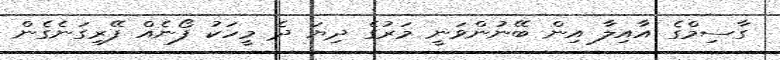
ގާސިމްގެ އާއިލާ އިން ބޭނުންވަނީ މަރުގެ ދިޔަ ދެ މީހަކު ފޯނެއް ފޭރިގަނެގެން